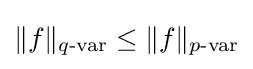
\|f\|_{q{\text{-var}}}\leq \|f\|_{p{\text{-var}}}